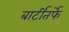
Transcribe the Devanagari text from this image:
बार्टीतर्फे